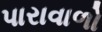
પારાવાળો